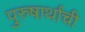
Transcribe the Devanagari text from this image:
पुरुषार्थांची